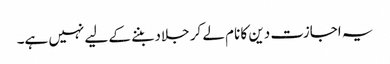
یہ اجازت دین کا نام لے کر جلاد بننے کے لیے نہیں ہے۔